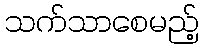
သက်သာစေမည့်